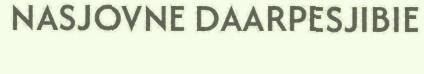
NASJOVNE DAARPESJIBIE